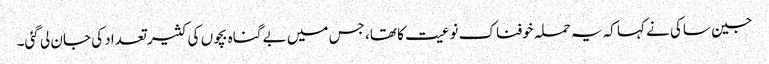
جین ساکی نے کہا کہ یہ حملہ خوفناک نوعیت کا تھا، جس میں بے گناہ بچوں کی کثیر تعداد کی جان لی گئی۔